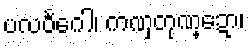
ပလဝင်္ဂေါ၊ ကဏှတုဏ္ဍော၊